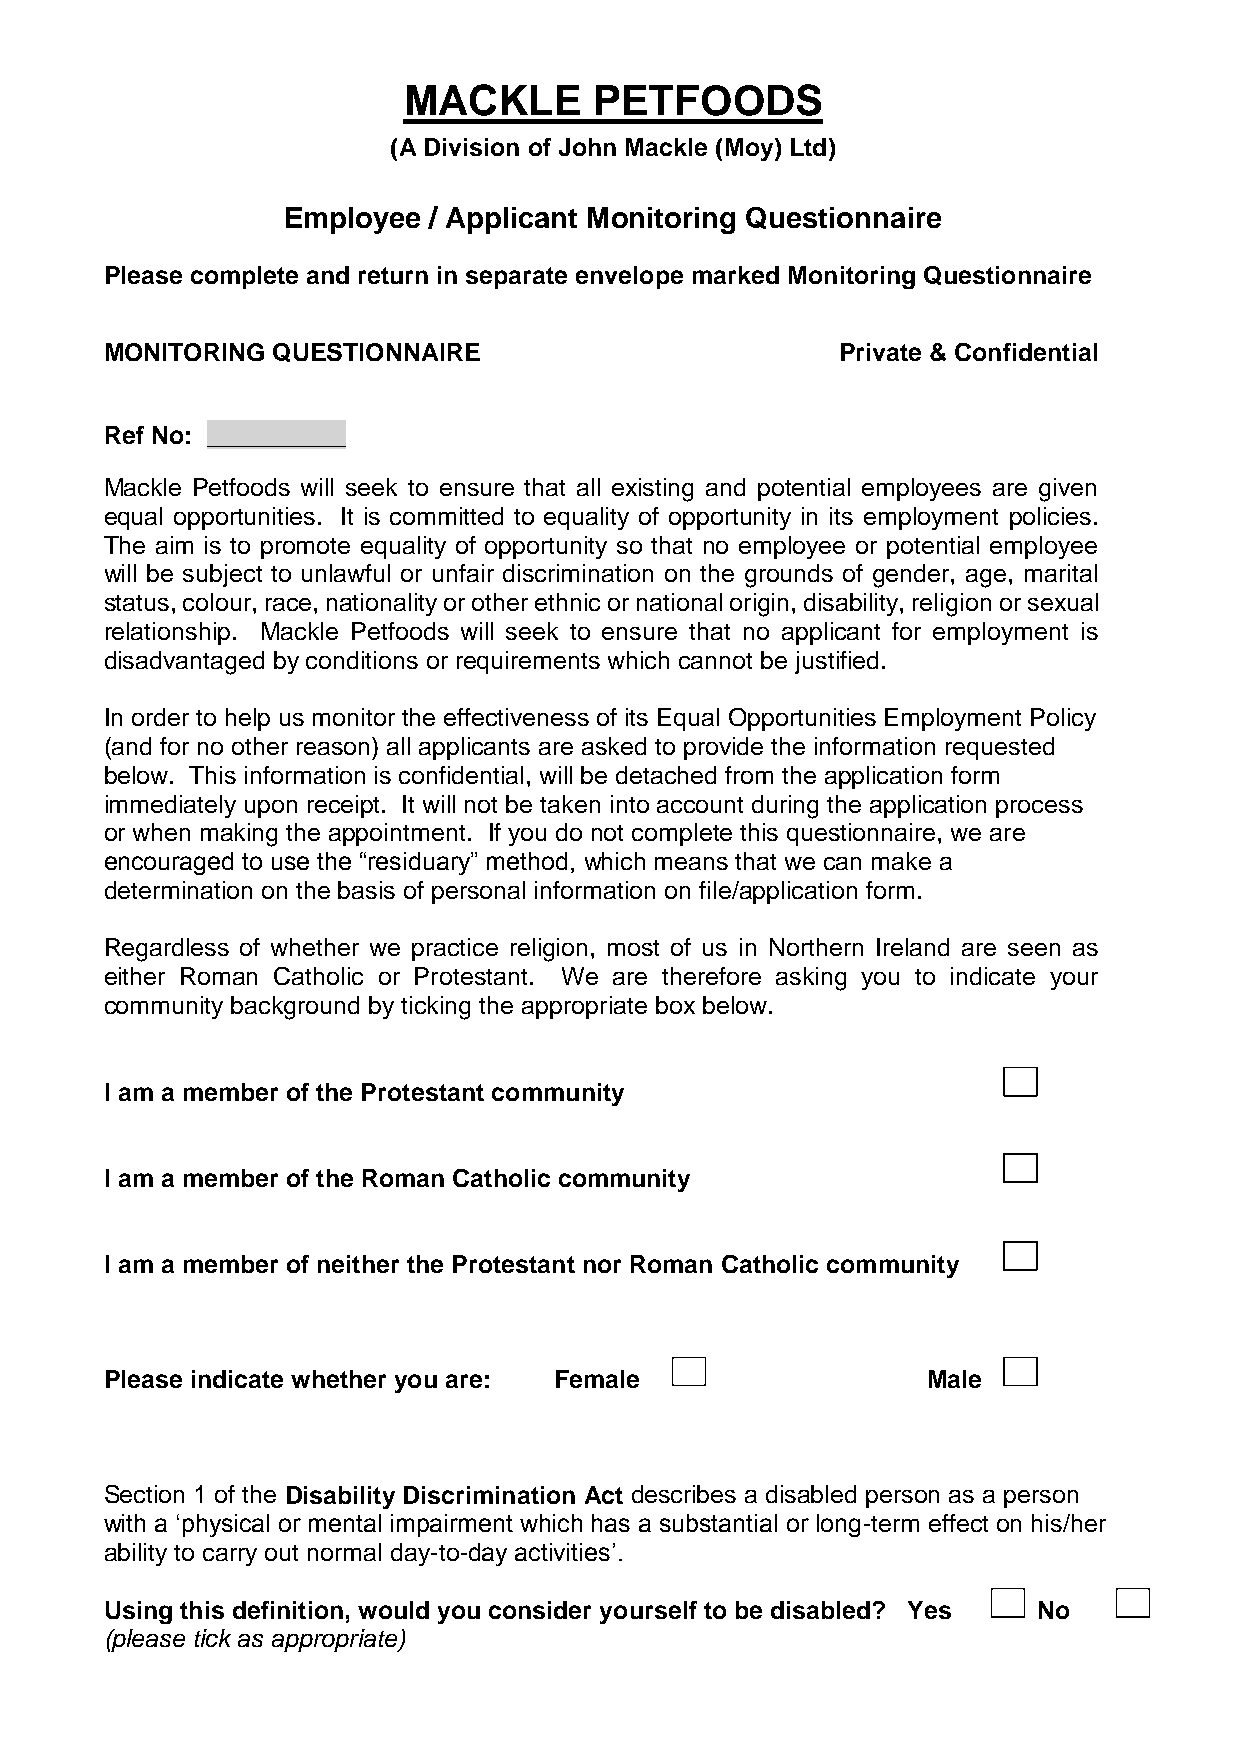
MACKLE      PETFOODS
 (A Division of John Mackle (Moy) Ltd)
 Employee / Applicant Monitoring Questionnaire
 Please complete and return in separate envelope marked Monitoring Questionnaire
 MONITORING QUESTIONNAIRE                         Private & Confidential
 Ref No: __________
 Mackle Petfoods will seek to ensure that all existing and potential employees are given
 equal opportunities. It is committed to equality of opportunity in its employment policies.
 The aim is to promote equality of opportunity so that no employee or potential employee
 will be subject to unlawful or unfair discrimination on the grounds of gender, age, marital
 status, colour, race, nationality or other ethnic or national origin, disability, religion or sexual
 relationship. Mackle Petfoods will seek to ensure that no applicant for employment is
 disadvantaged by conditions or requirements which cannot be justified.
 In order to help us monitor the effectiveness of its Equal Opportunities Employment Policy
 (and for no other reason) all applicants are asked to provide the information requested
 below. This information is confidential, will be detached from the application form
 immediately upon receipt. It will not be taken into account during the application process
 or when making the appointment. If you do not complete this questionnaire, we are
 encouraged to use the “residuary” method, which means that we can make a
 determination on the basis of personal information on file/application form.
 Regardless of whether we practice religion, most of us in Northern Ireland are seen as
 either Roman Catholic or Protestant. We are therefore asking you to indicate your
 community background by ticking the appropriate box below.
 I am a member of the Protestant community
 I am a member of the Roman Catholic community
 I am a member of neither the Protestant nor Roman Catholic community
 Please indicate whether you are: Female               Male
 Section 1 of the Disability Discrimination Act describes a disabled person as a person
 with a ‘physical or mental impairment which has a substantial or long-term effect on his/her
 ability to carry out normal day-to-day activities’.
 Using this definition, would you consider yourself to be disabled? Yes No
 (please tick as appropriate)